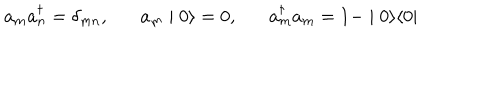
a _ { m } a _ { n } ^ { \dagger } = \delta _ { m n } , a _ { m } \mid 0 \rangle = 0 , a _ { m } ^ { \dagger } a _ { m } = 1 - \mid 0 \rangle \langle 0 \mid